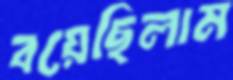
বয়েছিলাম